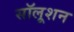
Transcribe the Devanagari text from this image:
सॉलूशन